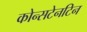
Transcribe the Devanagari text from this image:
कोन्सटेनटिन